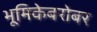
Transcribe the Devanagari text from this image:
भूमिकेबरोबर